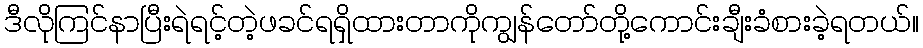
ဒီလိုကြင်နာပြီးရဲရင့်တဲ့ဖခင်ရရှိထားတာကိုကျွန်တော်တို့ကောင်းချီးခံစားခဲ့ရတယ်။